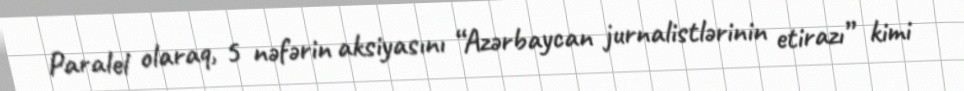
Paralel olaraq, 5 nəfərin aksiyasını “Azərbaycan jurnalistlərinin etirazı” kimi